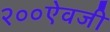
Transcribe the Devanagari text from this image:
२००ऐवजी